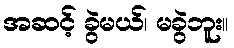
အဆင့် ခွဲမယ်၊ မခွဲဘူး။